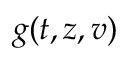
{ g } ( t , z , v )